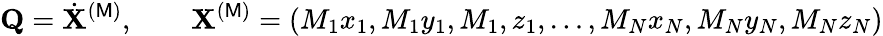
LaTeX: {\mathbf Q}={\dot{\mathbf X}}^{(\mathsf{M})},\qquad{\mathbf X}^{(\mathsf{M})}=(M_{1}x_{1},M_{1}y_{1},M_{1},z_{1},\dots,M_{N}x_{N},M_{N}y_{N},M_{N}z_{N})